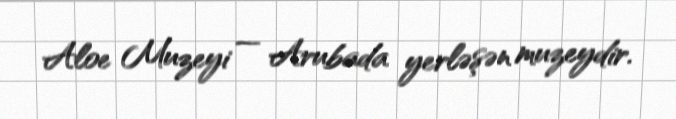
Aloe Muzeyi — Arubada yerləşən muzeydir.